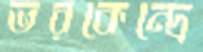
ভরকেন্দ্রে